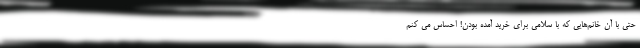
حتی با آن خانم‌هایی که با سلامی برای خرید آمده بودن! احساس می کنم